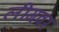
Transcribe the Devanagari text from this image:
लीगवर